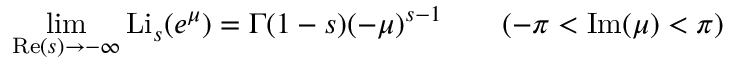
\operatorname* { l i m } _ { \operatorname { R e } ( s ) \to - \infty } \operatorname { L i } _ { s } ( e ^ { \mu } ) = \Gamma ( 1 - s ) ( - \mu ) ^ { s - 1 } \qquad ( - \pi < \operatorname { I m } ( \mu ) < \pi )